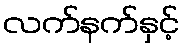
လက်နက်နှင့်